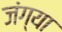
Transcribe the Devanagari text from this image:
जंग्या